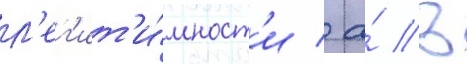
л'ег'ит'и́мност'и / а́ в